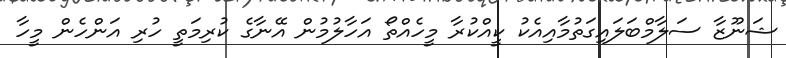
ޝަނޫޒާ ސަލާމްބަލައިގަތުމާއިއެކު ކީއްކުރާ މީހެއްތޯ އަހާލުމުން އޭނާގެ ކުރިމަތީ ހުރި އަންހެން މީހާ